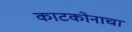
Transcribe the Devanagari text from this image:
काटकोनाचा